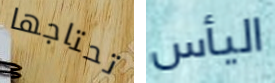
تحتاجها اليأس